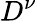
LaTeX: D^{\nu}